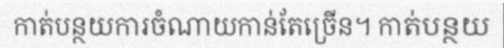
កាត់បន្ថយការចំណាយកាន់តែច្រើន។ កាត់បន្ថយ